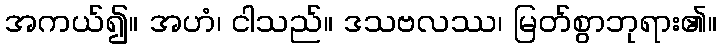
အကယ်၍။ အဟံ၊ ငါသည်။ ဒသဗလဿ၊ မြတ်စွာဘုရား၏။